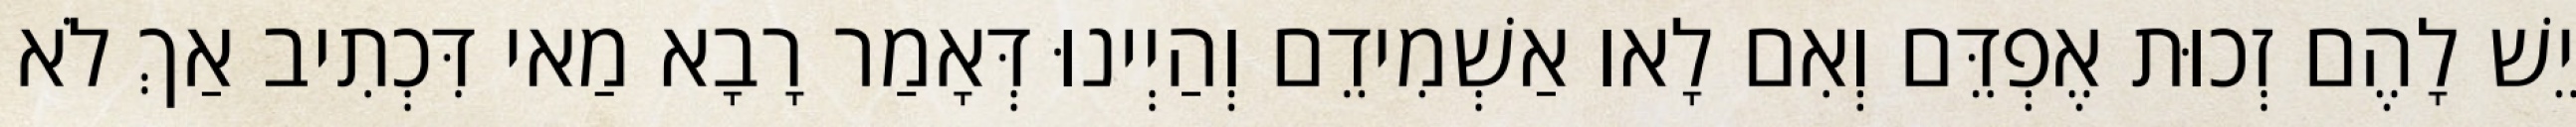
יֵשׁ לָהֶם זְכוּת אֶפְדֵּם וְאִם לָאו אַשְׁמִידֵם וְהַיְינוּ דְּאָמַר רָבָא מַאי דִּכְתִיב אַךְ לֹא